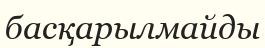
басқарылмайды